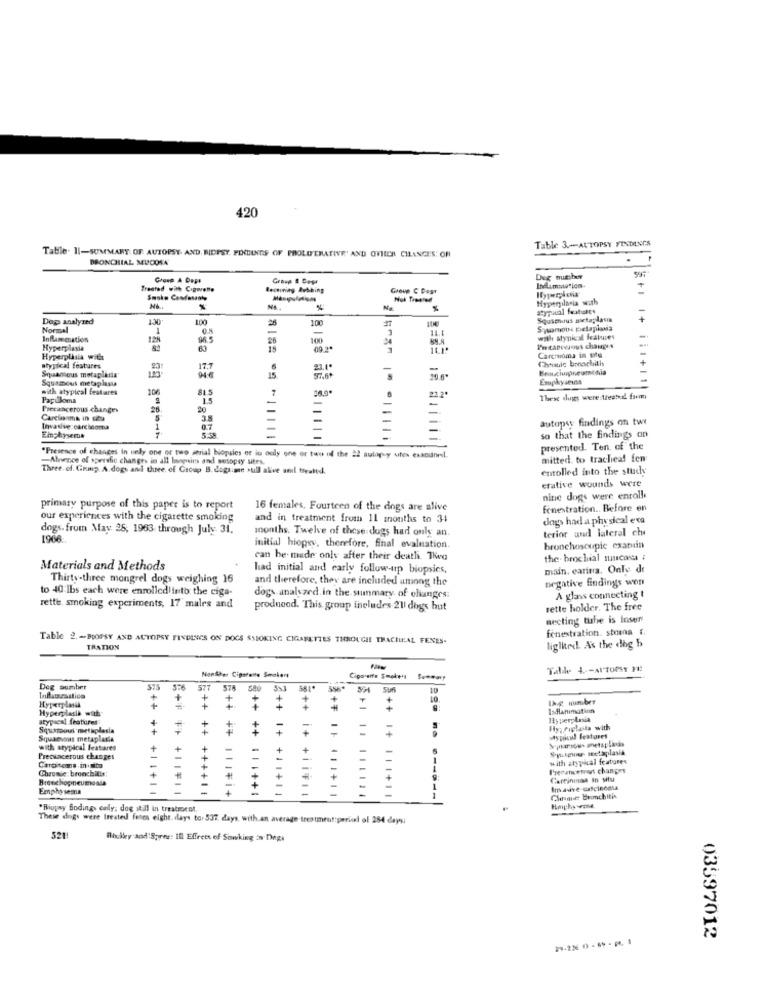
420
Table 3 .-- AUTOPSY FINDINGS
Table. 11-SUMMARY OF AUTOPSY. AND. BIDPSY. FORLINES OF PROLUTRATIVE' AND OVICH CILANCES: OF
BRONCHIAL MUCOSA
Group A Dept
Deg mutsber
Treated wat Cigarette
Receiving Rubbing
Group C Best
Inflamatoriom.
Smoke Cesdasante
Hyperplasia with
atypual futuro
Dap analyzed
130
10
Squimuus mitaplasia
Normal
1
Symone petaplans
Inflammation
128
96.5
26
100
with atypical features
-
Hyperplasia
63
09.2*
Pecapecious changes
Hyperplasia with
Carcoma in site
atypical features
17.7
23.1.
Squamous metaplaşu
Squamous metaplasia'
Emphyseins
with atypical features
106
Papuloma
22.2*
These dugs were theetal. fsomm
Precancerous changes
20
-
Carcinoma in satu
5'
3.8
autopw findings on tw
Invasive carcinoma
8.7
5.38
-
so that the findings on
presented. Ten, of the
"Presence of changes in nelly one or two strial biopsies or in only one or two of the 22 aulapy uites exanunel.
-Abrvence of spersfic changes in all beomnim and setopsy sites.
mitted. to tracheal fen
Three of. Grup. A.dogs and three. of Group B. Cepti ?
B. dogsige still alive anil freattd.
entolled into the study
erative wounds were
nine dogs were enroll
primary purpose of this paper is to report
16 females, Fourteen of the dogs are alive
fenestration .. Before en
our experiences with the cigarette smoking
and in treatment from 11 months to 34
dags had a physical eva
dogs. from May 28, 1963 through July 31.
months. Twelve of these dogs had only an.
terior and lateral che
1966:
initial hiopsy, therefore, final evaluation.
bronchoscopie exaruin
can be made only after their death. Thea
the brochial mucos
Materials and Methods
had initial and early follow-up biopsies,
main. carina, Only de
Thirty-three mongrel dogs weighing 16
and therefore, they are included among the
negative findings won
to 40 lbs each were enrolled into the eiga-
dogs analyzed. in the summary of changes:
A glass connecting t
rette. smoking experiments, 17 males and
produend. This group ineludes 211 dogs but
rette holder. The free
necting tuhe is Insert
fenestration. stomna .
Table 2. - BIOPSY AND AUTOPSY FINDINGS ON DOCS $SIOKING CIGARETTES THROUGH THACHLEAL FENES-
TRATION
liglited. As the dog b
Nonther Cigarette Smoken
Talle 4 .-- AUTOPSY F1:
Cipaseite Smokes Summary
Deg sumber
3*
Hyperplasll
+
+
Ihg mmber
Hyperplasia with
=++
5++
IsHanımatin
atypical features
+
11y perptasia
Squamous metaplasia
+
.+
Fly; Puplasta with
Squarevous metaplasia
typical Features
with atypical features
+
Smulenur- metaplasia
Precvincerous changes
with atypical features
Carcitemat in alta
Chronic: bronchitis
Precanemot changes
Bronchopneumoala
Careinusa in situ
Emphasesna
+11+11
6++ ++ ++++11
8++ ++ 11IFi+
3++ ++ 1 | |++1
2++ 1+ +11+11
++ + +11 ** 1
+₮ || 111+11
11+11
-----
Sloane bronchitis
"Biopay findings only; dog still in treatrocot.
These dings were treated fones eight days to. 537 days, with.an average treatment:period of 284 days
521!
Rickkey and'Spres: Ill Effree of Sowking in Dogs
21-226 0 - 69 - P. 1
03597012